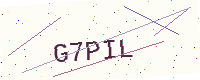
Text: G7PIL